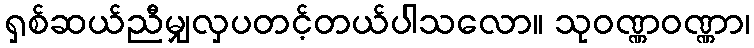
ရှစ်ဆယ်ညီမျှလှပတင့်တယ်ပါသလော။ သုဝဏ္ဏဝဏ္ဏာ၊